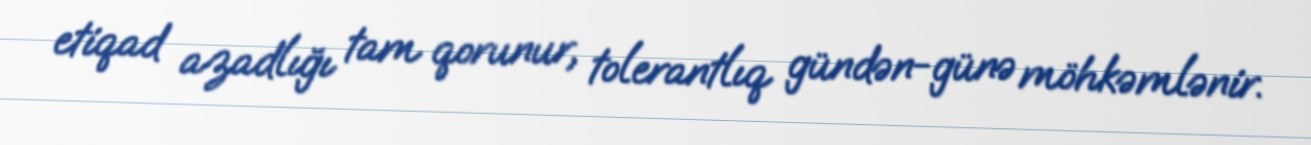
etiqad azadlığı tam qorunur, tolerantlıq gündən-günə möhkəmlənir.